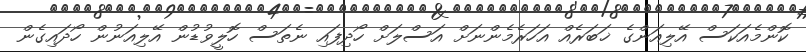
ކޮންމެއަކަސް އޭލިއަންގެ ޚަބަރެއް އަހަރެމެންނަށް އަސްލަށް ހޯދިފައި ނެތަސް ހޮލީވުޑުން އޭލިއަނުން ހޯދައިގެން